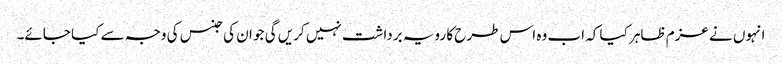
انہوں نے عزم ظاہر کیا کہ اب وہ اس طرح کا رویہ برداشت نہیں کریں گی جو ان کی جنس کی وجہ سے کیا جائے۔